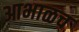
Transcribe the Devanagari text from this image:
आभाळच